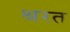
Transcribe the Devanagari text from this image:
श्ररत